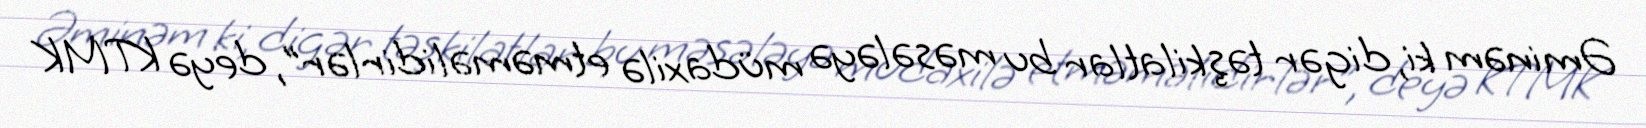
Əminəm ki, digər təşkilatlar bu məsələyə müdaxilə etməməlidirlər”, deyə KTMK